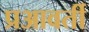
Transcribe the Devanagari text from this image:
प्रआवर्ती